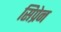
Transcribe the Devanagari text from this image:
सिप्रेन